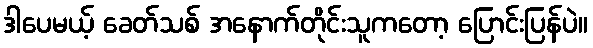
ဒါပေမယ့် ခေတ်သစ် အနောက်တိုင်းသူကတော့ ပြောင်းပြန်ပဲ။